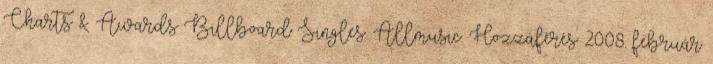
Charts & Awards Billboard Singles. Allmusic. Hozzáférés: 2008. február